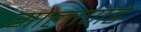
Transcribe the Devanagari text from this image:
गोलापांडे